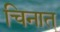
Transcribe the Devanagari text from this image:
चिनात